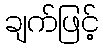
ချက်ဖြင့်